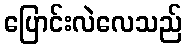
ပြောင်းလဲလေသည်